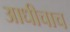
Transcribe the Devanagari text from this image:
आधीचाच